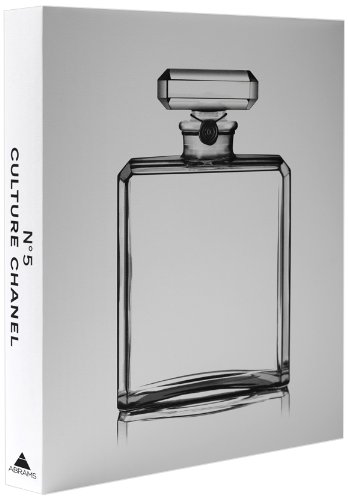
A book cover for No. 5 Culture Chanel; Jean-Louis Froment; Humor & Entertainment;